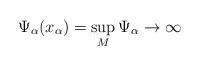
LaTeX: \begin{align*}\Psi_\alpha(x_\alpha)=\sup_M\Psi_\alpha\to\infty\end{align*}